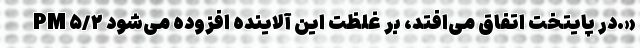
PM ۵/۲ در پایتخت اتفاق می‌افتد، بر غلظت این آلاینده افزوده می‌شود.»